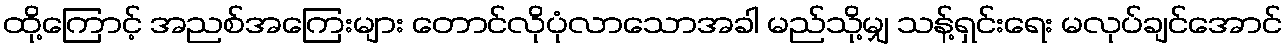
ထို့ကြောင့် အညစ်အကြေးများ တောင်လိုပုံလာသောအခါ မည်သို့မျှ သန့်ရှင်းရေး မလုပ်ချင်အောင်